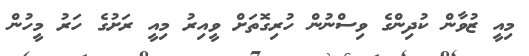
މިއީ ޒުވާން ކުދިންގެ ވިސްނުން ހުރިގޮތަށް ވީއިރު މިއީ ރަށުގެ ހަރު މީހުން